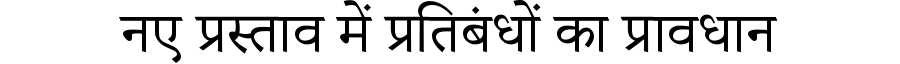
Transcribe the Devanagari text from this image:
नए प्रस्ताव में प्रतिबंधों का प्रावधान